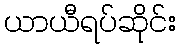
ယာယီရပ်ဆိုင်း